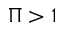
\Pi > 1